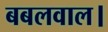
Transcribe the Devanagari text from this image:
बबलवाल।